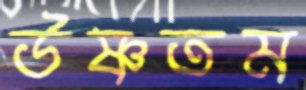
উষ্ণতম